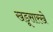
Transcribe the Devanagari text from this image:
खडूसारखे